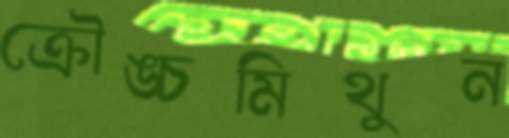
ক্রৌঙ্চমিথুন